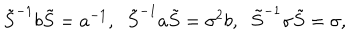
LaTeX: \tilde { S } ^ { - 1 } b \tilde { S } = a ^ { - 1 } , \; \; \tilde { S } ^ { - 1 } a \tilde { S } = \sigma ^ { 2 } b , \; \; \tilde { S } ^ { - 1 } \sigma \tilde { S } = \sigma ,